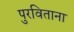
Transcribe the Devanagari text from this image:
पुरविताना